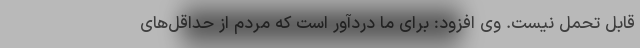
قابل تحمل نیست. وی افزود: برای ما دردآور است که مردم از حداقل‌های